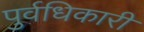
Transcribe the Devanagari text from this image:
पुर्वधिकारी